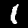
Digit: 1